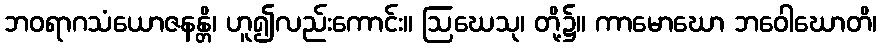
ဘဝရာဂသံယောဇနန္တိ၊ ဟူ၍လည်းကောင်း။ ဩဃေသု၊ တို့၌။ ကာမောဃော ဘဝေါဃောတိ၊